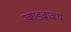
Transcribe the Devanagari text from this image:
खण्डबाक्य